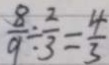
\frac { 8 } { 9 } \div \frac { 2 } { 3 } = \frac { 4 } { 3 }